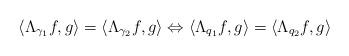
LaTeX: \begin{align*} &\langle \Lambda_{\gamma_1}f,g\rangle =\langle \Lambda_{\gamma_2}f,g\rangle \Leftrightarrow \langle \Lambda_{q_1}f,g\rangle =\langle \Lambda_{q_2}f,g\rangle \end{align*}